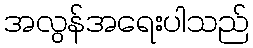
အလွန်အရေးပါသည်